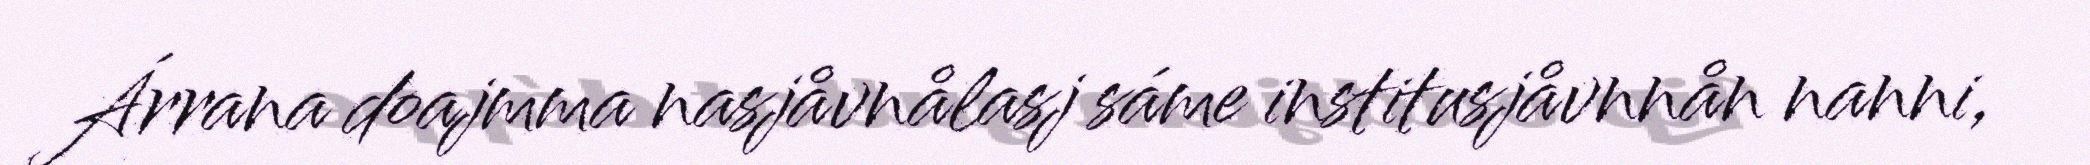
Árrana doajmma nasjåvnålasj sáme institusjåvnnån nanni,